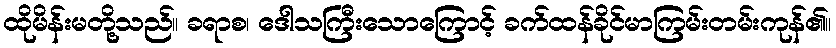
ထိုမိန်းမတို့သည်။ ခရာစ၊ ဒေါသကြီးသောကြောင့် ခက်ထန်ခိုင်မာကြမ်းတမ်းကုန်၏။